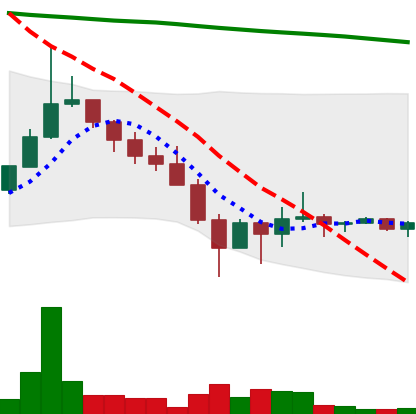
Ticker: DOGE-USD
Chart end date: 2022-01-31
Forward return: 3.763%
Label: up_3_5